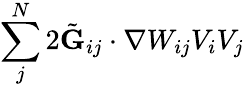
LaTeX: \sum_{j}^{N}2\tilde{\mathbf{G}}_{ij}\cdot\nabla W_{ij}V_{i}V_{j}